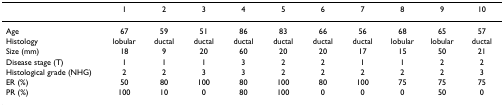
<table><thead><tr><td></td><td><b>1</b></td><td><b>2</b></td><td><b>3</b></td><td><b>4</b></td><td><b>5</b></td><td><b>6</b></td><td><b>7</b></td><td><b>8</b></td><td><b>9</b></td><td><b>10</b></td></tr></thead><tbody><tr><td>Age</td><td>67</td><td>59</td><td>51</td><td>86</td><td>83</td><td>66</td><td>56</td><td>68</td><td>65</td><td>57</td></tr><tr><td>Histology</td><td>lobular</td><td>ductal</td><td>ductal</td><td>ductal</td><td>ductal</td><td>ductal</td><td>ductal</td><td>lobular</td><td>lobular</td><td>ductal</td></tr><tr><td>Size (mm)</td><td>18</td><td>9</td><td>20</td><td>60</td><td>20</td><td>20</td><td>17</td><td>15</td><td>50</td><td>21</td></tr><tr><td>Disease stage (T)</td><td>1</td><td>1</td><td>1</td><td>3</td><td>2</td><td>2</td><td>1</td><td>1</td><td>2</td><td>2</td></tr><tr><td>Histological grade (NHG)</td><td>2</td><td>2</td><td>3</td><td>3</td><td>2</td><td>2</td><td>2</td><td>2</td><td>2</td><td>3</td></tr><tr><td>ER (%)</td><td>50</td><td>80</td><td>100</td><td>80</td><td>100</td><td>80</td><td>100</td><td>75</td><td>75</td><td>75</td></tr><tr><td>PR (%)</td><td>100</td><td>10</td><td>0</td><td>80</td><td>100</td><td>0</td><td>0</td><td>0</td><td>50</td><td>0</td></tr></tbody></table>